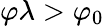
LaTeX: \varphi\lambda>\varphi_{0}